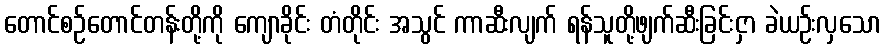
တောင်စဉ်တောင်တန်းတို့ကို ကျောခိုင်း တံတိုင်း အသွင် ကာဆီးလျက် ရန်သူတို့ဖျက်ဆီးခြင်းငှာ ခဲယဉ်းလှသော